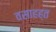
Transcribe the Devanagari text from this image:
वसाहह्त